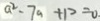
a ^ { 2 } - 7 a + 1 2 = 0